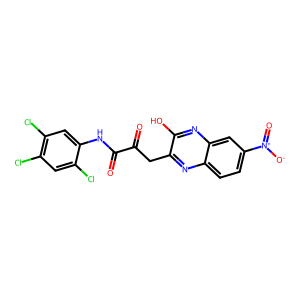
SMILES: O=C(Cc1nc2ccc([N+](=O)[O-])cc2nc1O)C(=O)Nc1cc(Cl)c(Cl)cc1Cl
Inhibits HIV replication: No